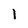
Character: 1